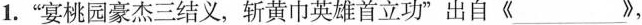
1.“宴桃园豪杰三结义，斩黄巾英雄首立功”出自《___》